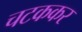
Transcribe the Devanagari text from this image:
चटककर